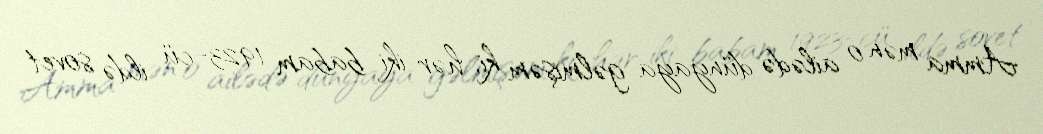
Amma mən o ailədə dünyaya gəlmişəm ki, hər iki babam 1923-cü ildə sovet